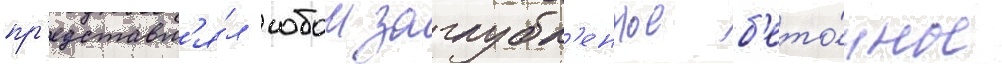
пр'едставл'я́л собои заглубл'енное б'ето́нное